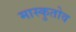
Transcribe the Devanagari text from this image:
मास्कुतोव